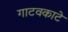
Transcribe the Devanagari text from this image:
गाटवकाटे